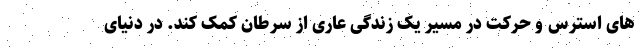
های استرس و حرکت در مسیر یک زندگی عاری از سرطان کمک کند. در دنیای